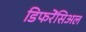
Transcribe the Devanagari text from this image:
डिफरेंसिअल